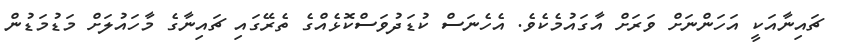
ޗައިނާއަކީ އަހަންނަށް ވަރަށް އާގައުމެކެވެ. އެހެނަސް ކުޑަދުވަސްކޮޅެއްގެ ތެރޭގައި ޗައިނާގެ މާހައުލަށް މަޑުމަޑުން